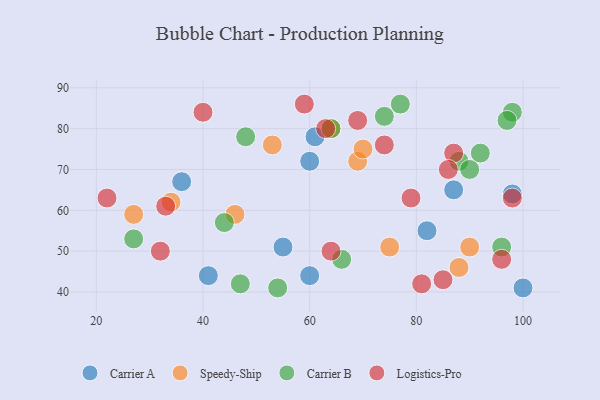
{"axis": {"x": "GDP", "y": "Life Expectancy"}, "legend": ["Carrier A", "Carrier B", "Logistics-Pro", "Speedy-Ship"], "data": [{"x": "87", "y": 65, "type": "Carrier A"}, {"x": "36", "y": 67, "type": "Carrier A"}, {"x": "60", "y": 44, "type": "Carrier A"}, {"x": "98", "y": 64, "type": "Carrier A"}, {"x": "41", "y": 44, "type": "Carrier A"}, {"x": "60", "y": 72, "type": "Carrier A"}, {"x": "61", "y": 78, "type": "Carrier A"}, {"x": "82", "y": 55, "type": "Carrier A"}, {"x": "100", "y": 41, "type": "Carrier A"}, {"x": "55", "y": 51, "type": "Carrier A"}, {"x": "64", "y": 80, "type": "Speedy-Ship"}, {"x": "27", "y": 59, "type": "Speedy-Ship"}, {"x": "75", "y": 51, "type": "Speedy-Ship"}, {"x": "53", "y": 76, "type": "Speedy-Ship"}, {"x": "69", "y": 72, "type": "Speedy-Ship"}, {"x": "70", "y": 75, "type": "Speedy-Ship"}, {"x": "88", "y": 46, "type": "Speedy-Ship"}, {"x": "90", "y": 51, "type": "Speedy-Ship"}, {"x": "34", "y": 62, "type": "Speedy-Ship"}, {"x": "46", "y": 59, "type": "Speedy-Ship"}, {"x": "74", "y": 83, "type": "Carrier B"}, {"x": "92", "y": 74, "type": "Carrier B"}, {"x": "77", "y": 86, "type": "Carrier B"}, {"x": "98", "y": 84, "type": "Carrier B"}, {"x": "27", "y": 53, "type": "Carrier B"}, {"x": "88", "y": 72, "type": "Carrier B"}, {"x": "90", "y": 70, "type": "Carrier B"}, {"x": "44", "y": 57, "type": "Carrier B"}, {"x": "66", "y": 48, "type": "Carrier B"}, {"x": "54", "y": 41, "type": "Carrier B"}, {"x": "47", "y": 42, "type": "Carrier B"}, {"x": "64", "y": 80, "type": "Carrier B"}, {"x": "96", "y": 51, "type": "Carrier B"}, {"x": "48", "y": 78, "type": "Carrier B"}, {"x": "97", "y": 82, "type": "Carrier B"}, {"x": "40", "y": 84, "type": "Logistics-Pro"}, {"x": "81", "y": 42, "type": "Logistics-Pro"}, {"x": "87", "y": 74, "type": "Logistics-Pro"}, {"x": "59", "y": 86, "type": "Logistics-Pro"}, {"x": "33", "y": 61, "type": "Logistics-Pro"}, {"x": "32", "y": 50, "type": "Logistics-Pro"}, {"x": "86", "y": 70, "type": "Logistics-Pro"}, {"x": "64", "y": 50, "type": "Logistics-Pro"}, {"x": "74", "y": 76, "type": "Logistics-Pro"}, {"x": "98", "y": 63, "type": "Logistics-Pro"}, {"x": "69", "y": 82, "type": "Logistics-Pro"}, {"x": "63", "y": 80, "type": "Logistics-Pro"}, {"x": "22", "y": 63, "type": "Logistics-Pro"}, {"x": "79", "y": 63, "type": "Logistics-Pro"}, {"x": "85", "y": 43, "type": "Logistics-Pro"}, {"x": "96", "y": 48, "type": "Logistics-Pro"}]}